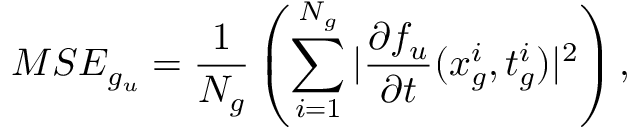
M S E _ { g _ { u } } = \frac { 1 } { N _ { g } } \left( \sum _ { i = 1 } ^ { N _ { g } } | \frac { \partial f _ { u } } { \partial t } ( x _ { g } ^ { i } , t _ { g } ^ { i } ) | ^ { 2 } \right) ,